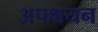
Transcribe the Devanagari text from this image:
अपक्षयन